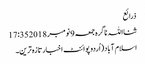
ذرائع
ثنااللہ ناگرہ جمعہ 9 نومبر 2018 17:35
اسلام آباد(اُردوپوائنٹ اخبارتازہ ترین۔